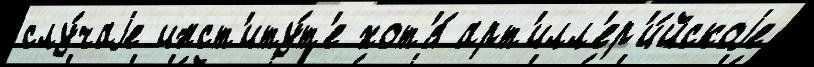
слу́чаjе инст'иту́т'е хот'я́ арт'илл'ер'и́йскоjе